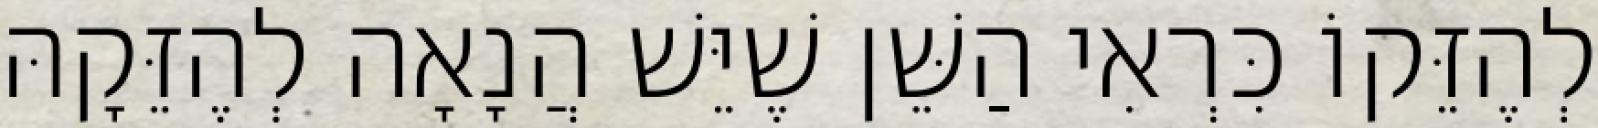
לְהֶזֵּקוֹ כִּרְאִי הַשֵּׁן שֶׁיֵּשׁ הֲנָאָה לְהֶזֵּקָהּ